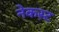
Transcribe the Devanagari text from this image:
नेकस्ट